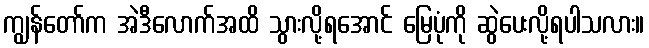
ကျွန်တော်က အဲဒီလောက်အထိ သွားလို့ရအောင် မြေပုံကို ဆွဲပေးလို့ရပါသလား။